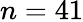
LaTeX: n=41